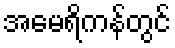
အမေရိကန်တွင်